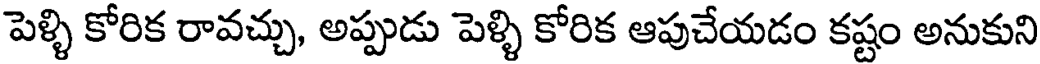
పెళ్ళి కోరిక రావచ్చు, అప్పుడు పెళ్ళి కోరిక ఆపుచేయడం కష్టం అనుకుని